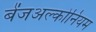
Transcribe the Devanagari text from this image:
बेंजअल्कोनियम